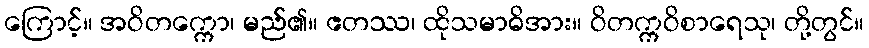
ကြောင့်။ အဝိတက္ကော၊ မည်၏။ ဧတဿ၊ ထိုသမာဓိအား။ ဝိတက္ကဝိစာရေသု၊ တို့တွင်။